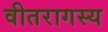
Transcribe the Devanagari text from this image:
वीतरागस्य